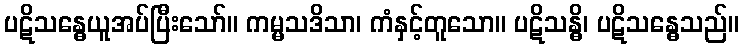
ပဋိသန္ဓေယူအပ်ပြီးသော်။ ကမ္မသဒိသာ၊ ကံနှင့်တူသော။ ပဋိသန္ဓိ၊ ပဋိသန္ဓေသည်။